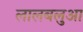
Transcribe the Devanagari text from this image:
लालबलुआ